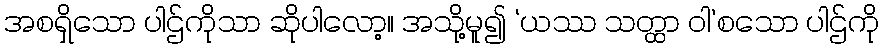
အစရှိသော ပါဌ်ကိုသာ ဆိုပါလော့။ အသို့မူ၍ ‘ယဿ သတ္ထာ ဝါ’စသော ပါဌ်ကို